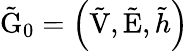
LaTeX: \tilde{\mathrm{G}}_{0}=\left(\tilde{\mathrm{V}},\tilde{\mathrm{E}},\tilde{h}\right)